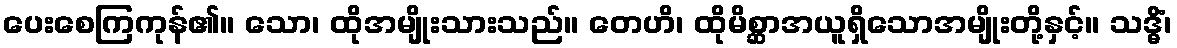
ပေးစေကြကုန်၏။ သော၊ ထိုအမျိုးသားသည်။ တေဟိ၊ ထိုမိစ္ဆာအယူရှိသောအမျိုးတို့နှင့်။ သဒ္ဓိံ၊